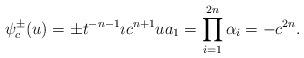
LaTeX: \begin{align*} \psi_c^\pm(u)=\pm t^{-n-1}\imath c^{n+1}ua_1=\prod_{i=1}^{2n}\alpha_i=-c^{2n}.\end{align*}